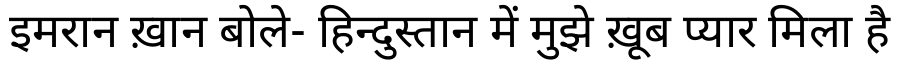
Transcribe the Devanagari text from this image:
इमरान ख़ान बोले- हिन्दुस्तान में मुझे ख़ूब प्यार मिला है